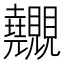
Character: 𧢬